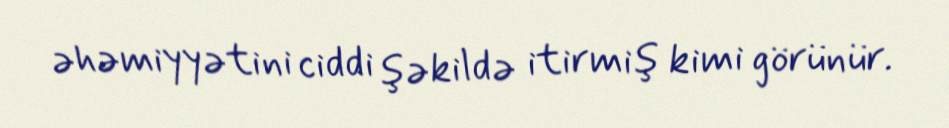
əhəmiyyətini ciddi şəkildə itirmiş kimi görünür.